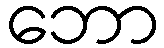
ဘော